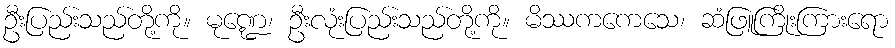
ဦးပြည်းသည်တို့ကို။ မုဏ္ဍေ၊ ဦးလုံးပြည်းသည်တို့ကို။ မိဿကကေသေ၊ ဆံဖြူကြိုးကြားရော